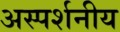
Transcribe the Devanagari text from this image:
अस्पर्शनीय